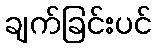
ချက်ခြင်းပင်